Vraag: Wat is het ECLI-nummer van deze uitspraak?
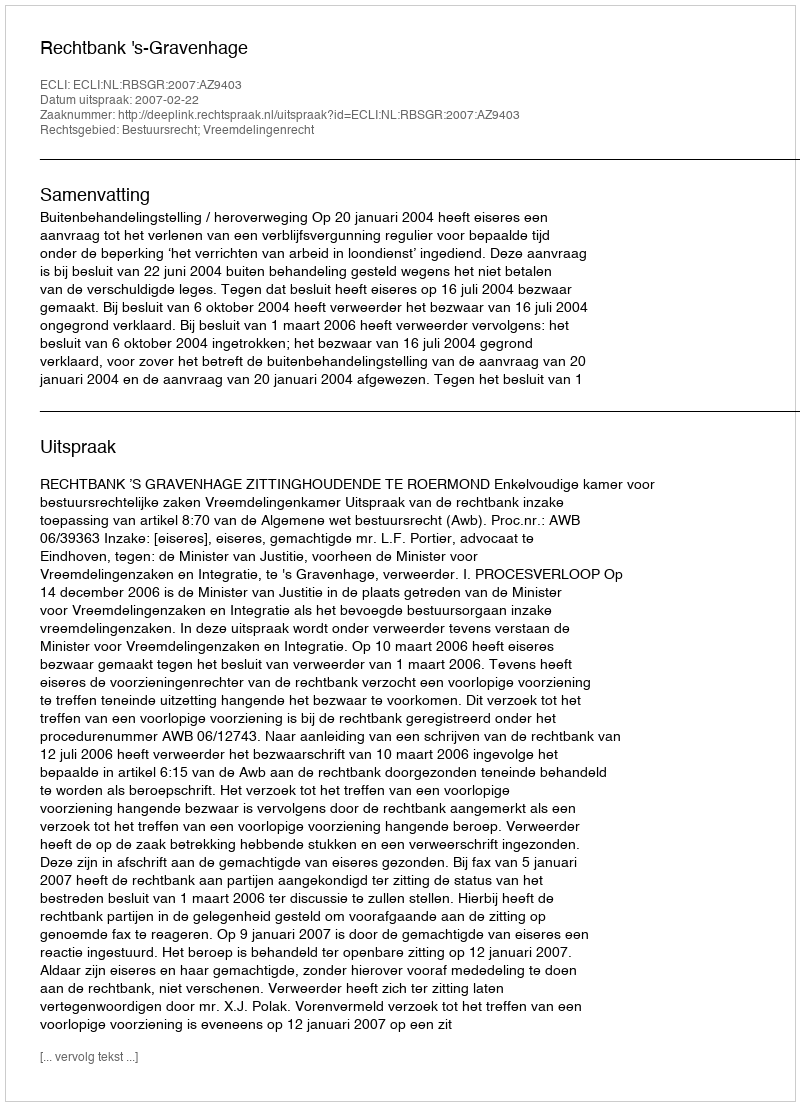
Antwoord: ECLI:NL:RBSGR:2007:AZ9403